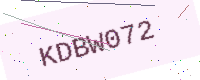
Text: KDBW072